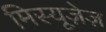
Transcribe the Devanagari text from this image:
मिस्यूज़ेज़